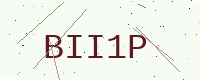
Text: BII1P